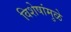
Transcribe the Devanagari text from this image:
विशेषांमुळे